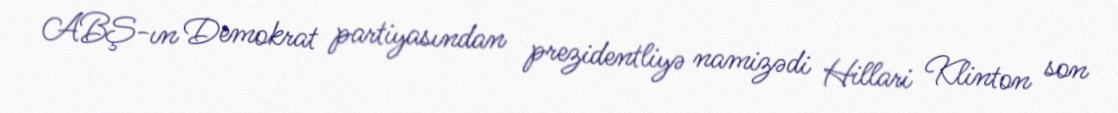
ABŞ-ın Demokrat partiyasından prezidentliyə namizədi Hillari Klinton son